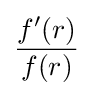
{\frac {f^{\prime }(r)}{f(r)}}